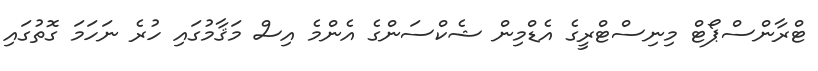
ޓްރާންސްޕޯޓް މިނިސްޓްރީގެ އެޑްމިން ޝެކްސަންގެ އެންމެ އިސް މަޤާމުގައި ހުރެ ނަހަމަ ގޮތުގައި